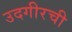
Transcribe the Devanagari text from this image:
उदगीरची